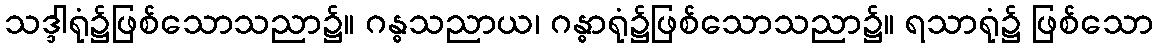
သဒ္ဒါရုံ၌ဖြစ်သောသညာ၌။ ဂန္ဓသညာယ၊ ဂန္ဓာရုံ၌ဖြစ်သောသညာ၌။ ရသာရုံ၌ ဖြစ်သော